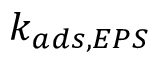
k _ { a d s , E P S }